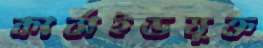
কার্বাইডযুক্ত